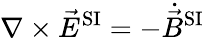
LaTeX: \nabla\times{\vec{E}}^{\mathrm{SI}}=-{\dot{\vec{B}}}^{\mathrm{SI}}